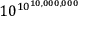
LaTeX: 1 0 ^ { 1 0 ^ { 1 0 , 0 0 0 , 0 0 0 } }